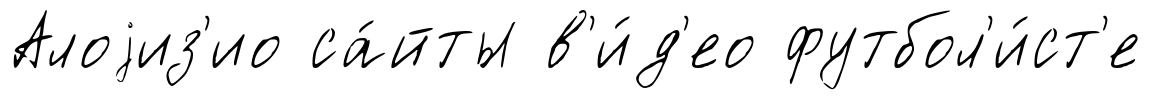
Алоjиз'ио са́йты в'и́д'ео футбол'и́ст'е